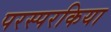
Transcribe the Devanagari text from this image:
परस्परकिया